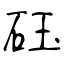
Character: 砡